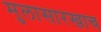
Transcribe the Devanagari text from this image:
मुलासारखाच